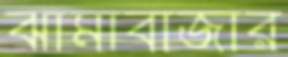
ঝামাবাজার